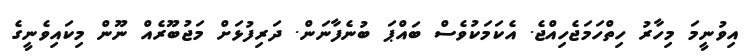
އިވުނީމަ މިހާރު ހިތްހަމަޖެހިއްޖެ. އެކަމަކުވެސް ބައްޕަ ބުނެފާނަން. ދަރިފުޅަށް މަޖުބޫރެއް ނޫން މިކައިވެނީގެ